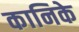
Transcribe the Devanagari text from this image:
कानिके